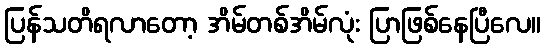
ပြန်သတိရလာတော့ အိမ်တစ်အိမ်လုံး ပြာဖြစ်နေပြီလေ။